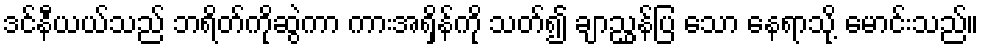
ဒင်နီယယ်သည် ဘရိတ်ကိုဆွဲကာ ကားအရှိန်ကို သတ်၍ ချာညွှန်ပြ သော နေရာသို့ မောင်းသည်။